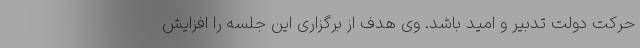
حرکت دولت تدبیر و امید باشد. وی هدف از برگزاری این جلسه را افزایش